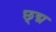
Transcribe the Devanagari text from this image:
छ्द्म